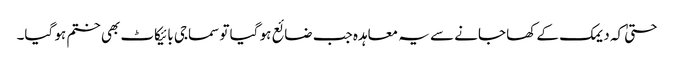
حتیٰ کہ دیمک کے کھا جانے سے یہ معاہدہ جب ضائع ہو گیا تو سماجی بائیکاٹ بھی ختم ہو گیا۔